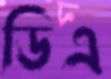
ডিএ